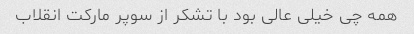
همه چی خیلی عالی بود با تشکر از سوپر مارکت انقلاب